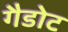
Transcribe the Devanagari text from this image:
गैडोट